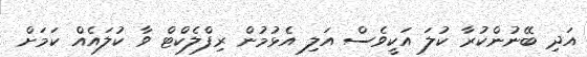
އަދި ބޭނުންކުރާ ކުލަ އަކީވެސް އަލި އެޅުމުން ރިފްލެކްޓް ވާ ކުލައެއް ކަމަށް